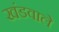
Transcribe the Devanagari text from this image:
खंडवाले